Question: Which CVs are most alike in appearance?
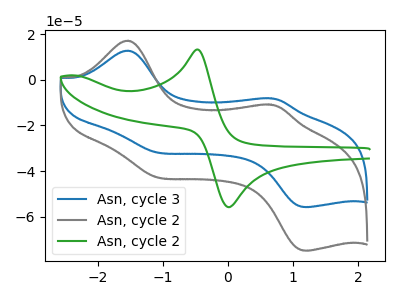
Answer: <think>The blue curve "Asn, cycle 3" has anodic peaks at (-1.55V, 12.80uA) (0.65V, -8.05uA) and cathodic peaks at (-1.15V, -31.45uA) (1.15V, -55.75uA). The gray curve "Asn, cycle 2" has anodic peaks at (-1.55V, 17.20uA) (0.65V, -10.80uA) and cathodic peaks at (-1.15V, -42.25uA) (1.15V, -74.80uA). The green curve "Asn, cycle 2" has an anodic peak at (-0.45V, 13.30uA) and a cathodic peak at (0.05V, -55.75uA).
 All the peaks in "Asn, cycle 3" have a peak in "Asn, cycle 2" at the same potential. "Asn, cycle 3" and "Asn, cycle 2" have a different number of peaks. "Asn, cycle 2" and "Asn, cycle 2" have a different number of peaks.</think>
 <answer>"Asn, cycle 3" and "Asn, cycle 2" have the same shape and are likely CV's of the same chemical.</answer>
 <eval>"Asn, cycle 3" "Asn, cycle 2"</eval>